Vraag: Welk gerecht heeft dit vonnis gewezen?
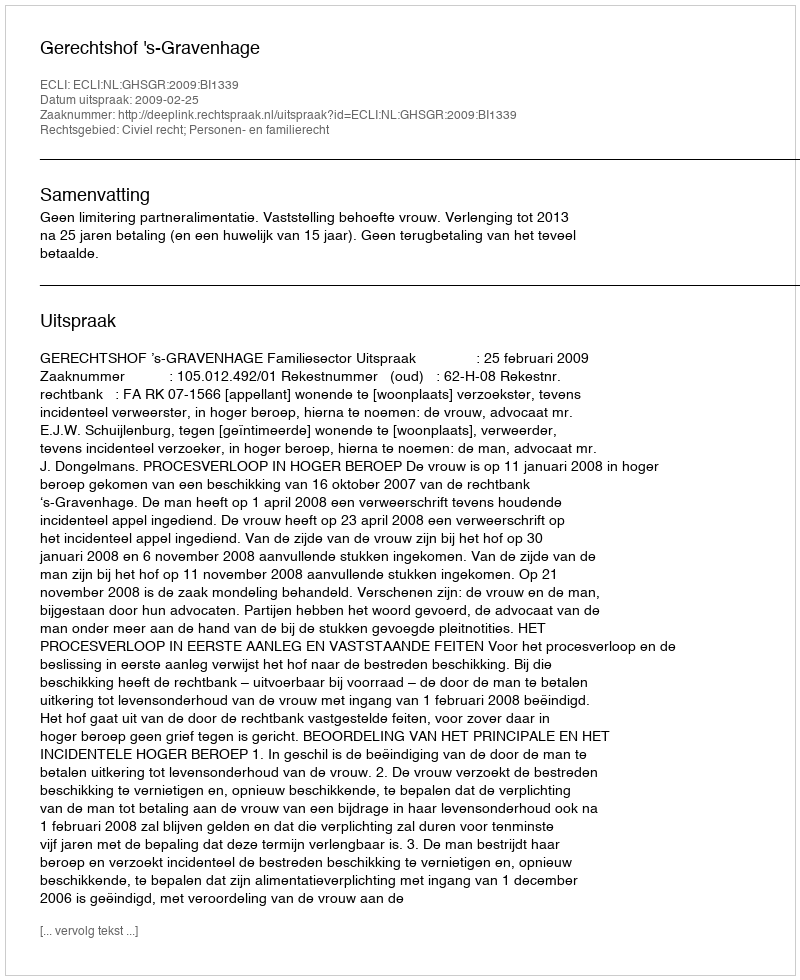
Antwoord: Gerechtshof 's-Gravenhage